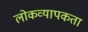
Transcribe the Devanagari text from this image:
लोकव्यापकता